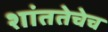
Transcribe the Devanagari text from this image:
शांततेचेच